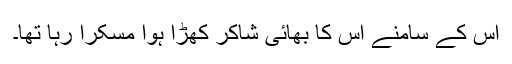
اس کے سامنے اس کا بھائی شاکر کھڑا ہوا مسکرا رہا تھا۔